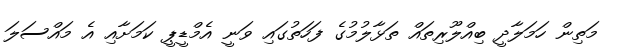
މަތިން ހަމަލާދީ ބިއްލޫރިތައް ތަޅާލުމުގެ ފަހަތުގައި ވަނީ އެމްޑީޕީ ކަމަށާއި އެ މައްސަލަ